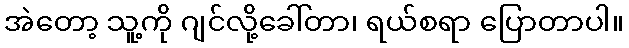
အဲတော့ သူ့ကို ဂျင်လို့ခေါ်တာ၊ ရယ်စရာ ပြောတာပါ။